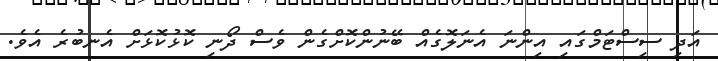
އަދި ސިސްޓަމްގައި އިންނަ އެނަލޮގެއް ބޭނުންކޮށްގެން ވެސް ދޯނި ކޮޅުކޮޅަށް އެނބުރެ އެވެ.